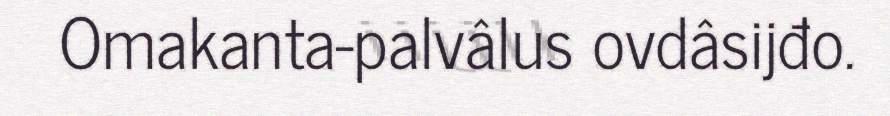
Omakanta-palvâlus ovdâsijđo.